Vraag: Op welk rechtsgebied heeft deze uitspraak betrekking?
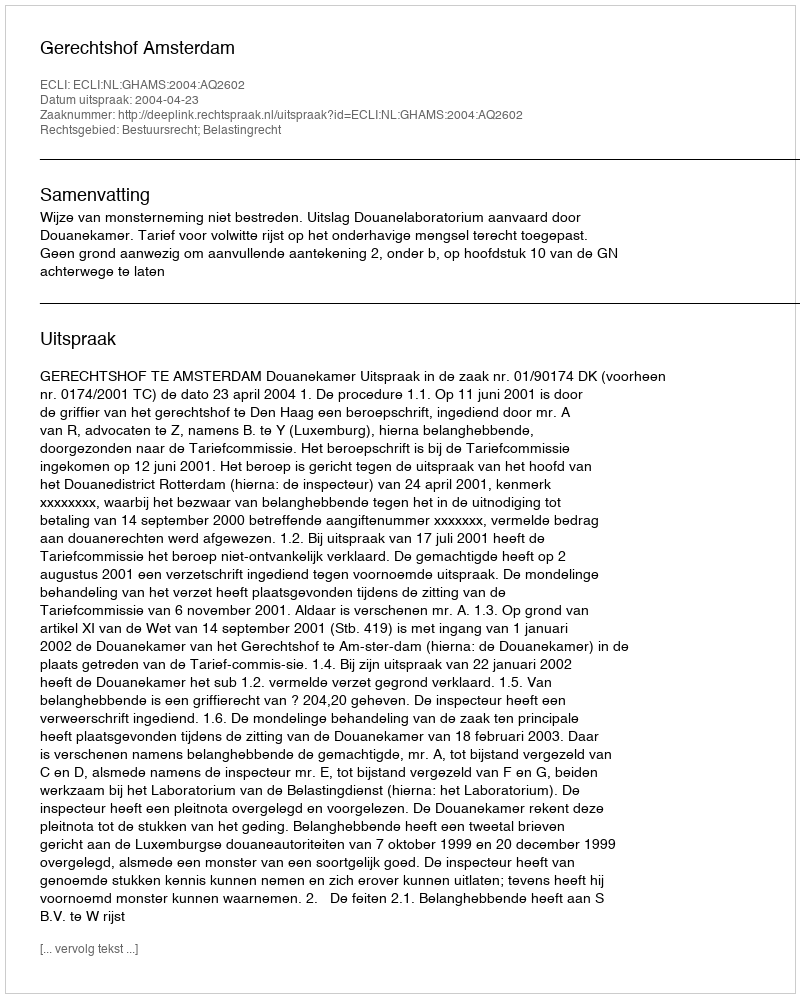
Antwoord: Bestuursrecht; Belastingrecht